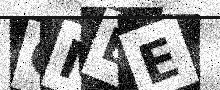
Text: OMBE